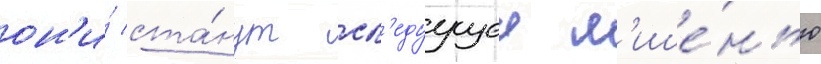
он'и́ ста́нут сл'едуущеи м'ише́нью